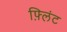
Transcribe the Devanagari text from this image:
फ़्लिंट